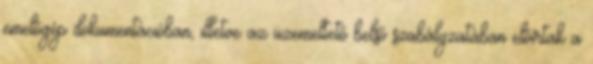
emelőgép dokumentációban, illetve az üzemeltető belső szabályzatában előírtak a